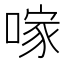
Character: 𠺢